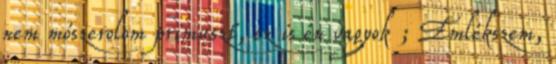
nem mószerolom primuszt, ez is én vagyok ; Emlékszem,